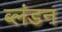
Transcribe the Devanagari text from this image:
ब्लंडन